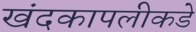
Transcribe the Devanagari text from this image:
खंदकापलीकडे